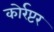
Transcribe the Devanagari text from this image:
कोर्रप्टर